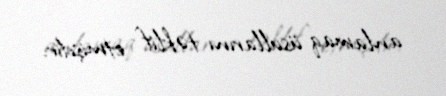
anlamaq üsullarını təklif etmişdir.